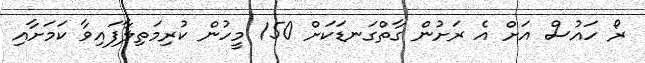
ރޯ ހައުސް އަށް އެ ރަށުން ގާތްގަނޑަކަށް 150 މީހުން ކުރިމަތިލާފައިވާ ކަމަށާއި